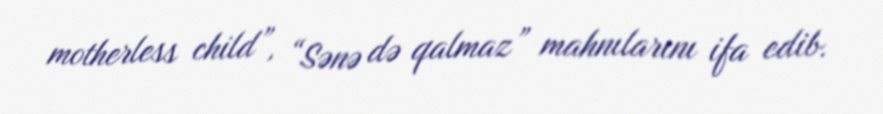
motherless child”, “Sənə də qalmaz” mahnılarını ifa edib.